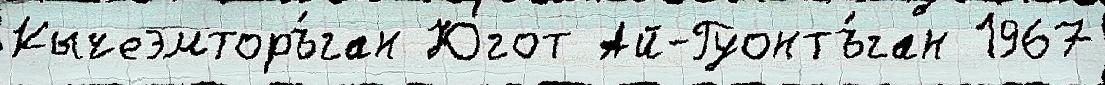
Кычеэмторъ́ган Югот Ай-Гуонтъ́ган 1967